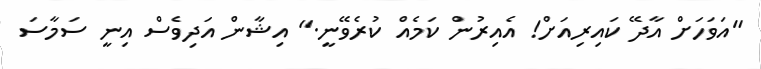
"އަވަހަށް އާދޭ ކައިރިއަށް! އެއިރުން ކަމެއް ކުރެވޭނީ." އިޝާން އަދިވެސް އިނީ ސަމާސަ